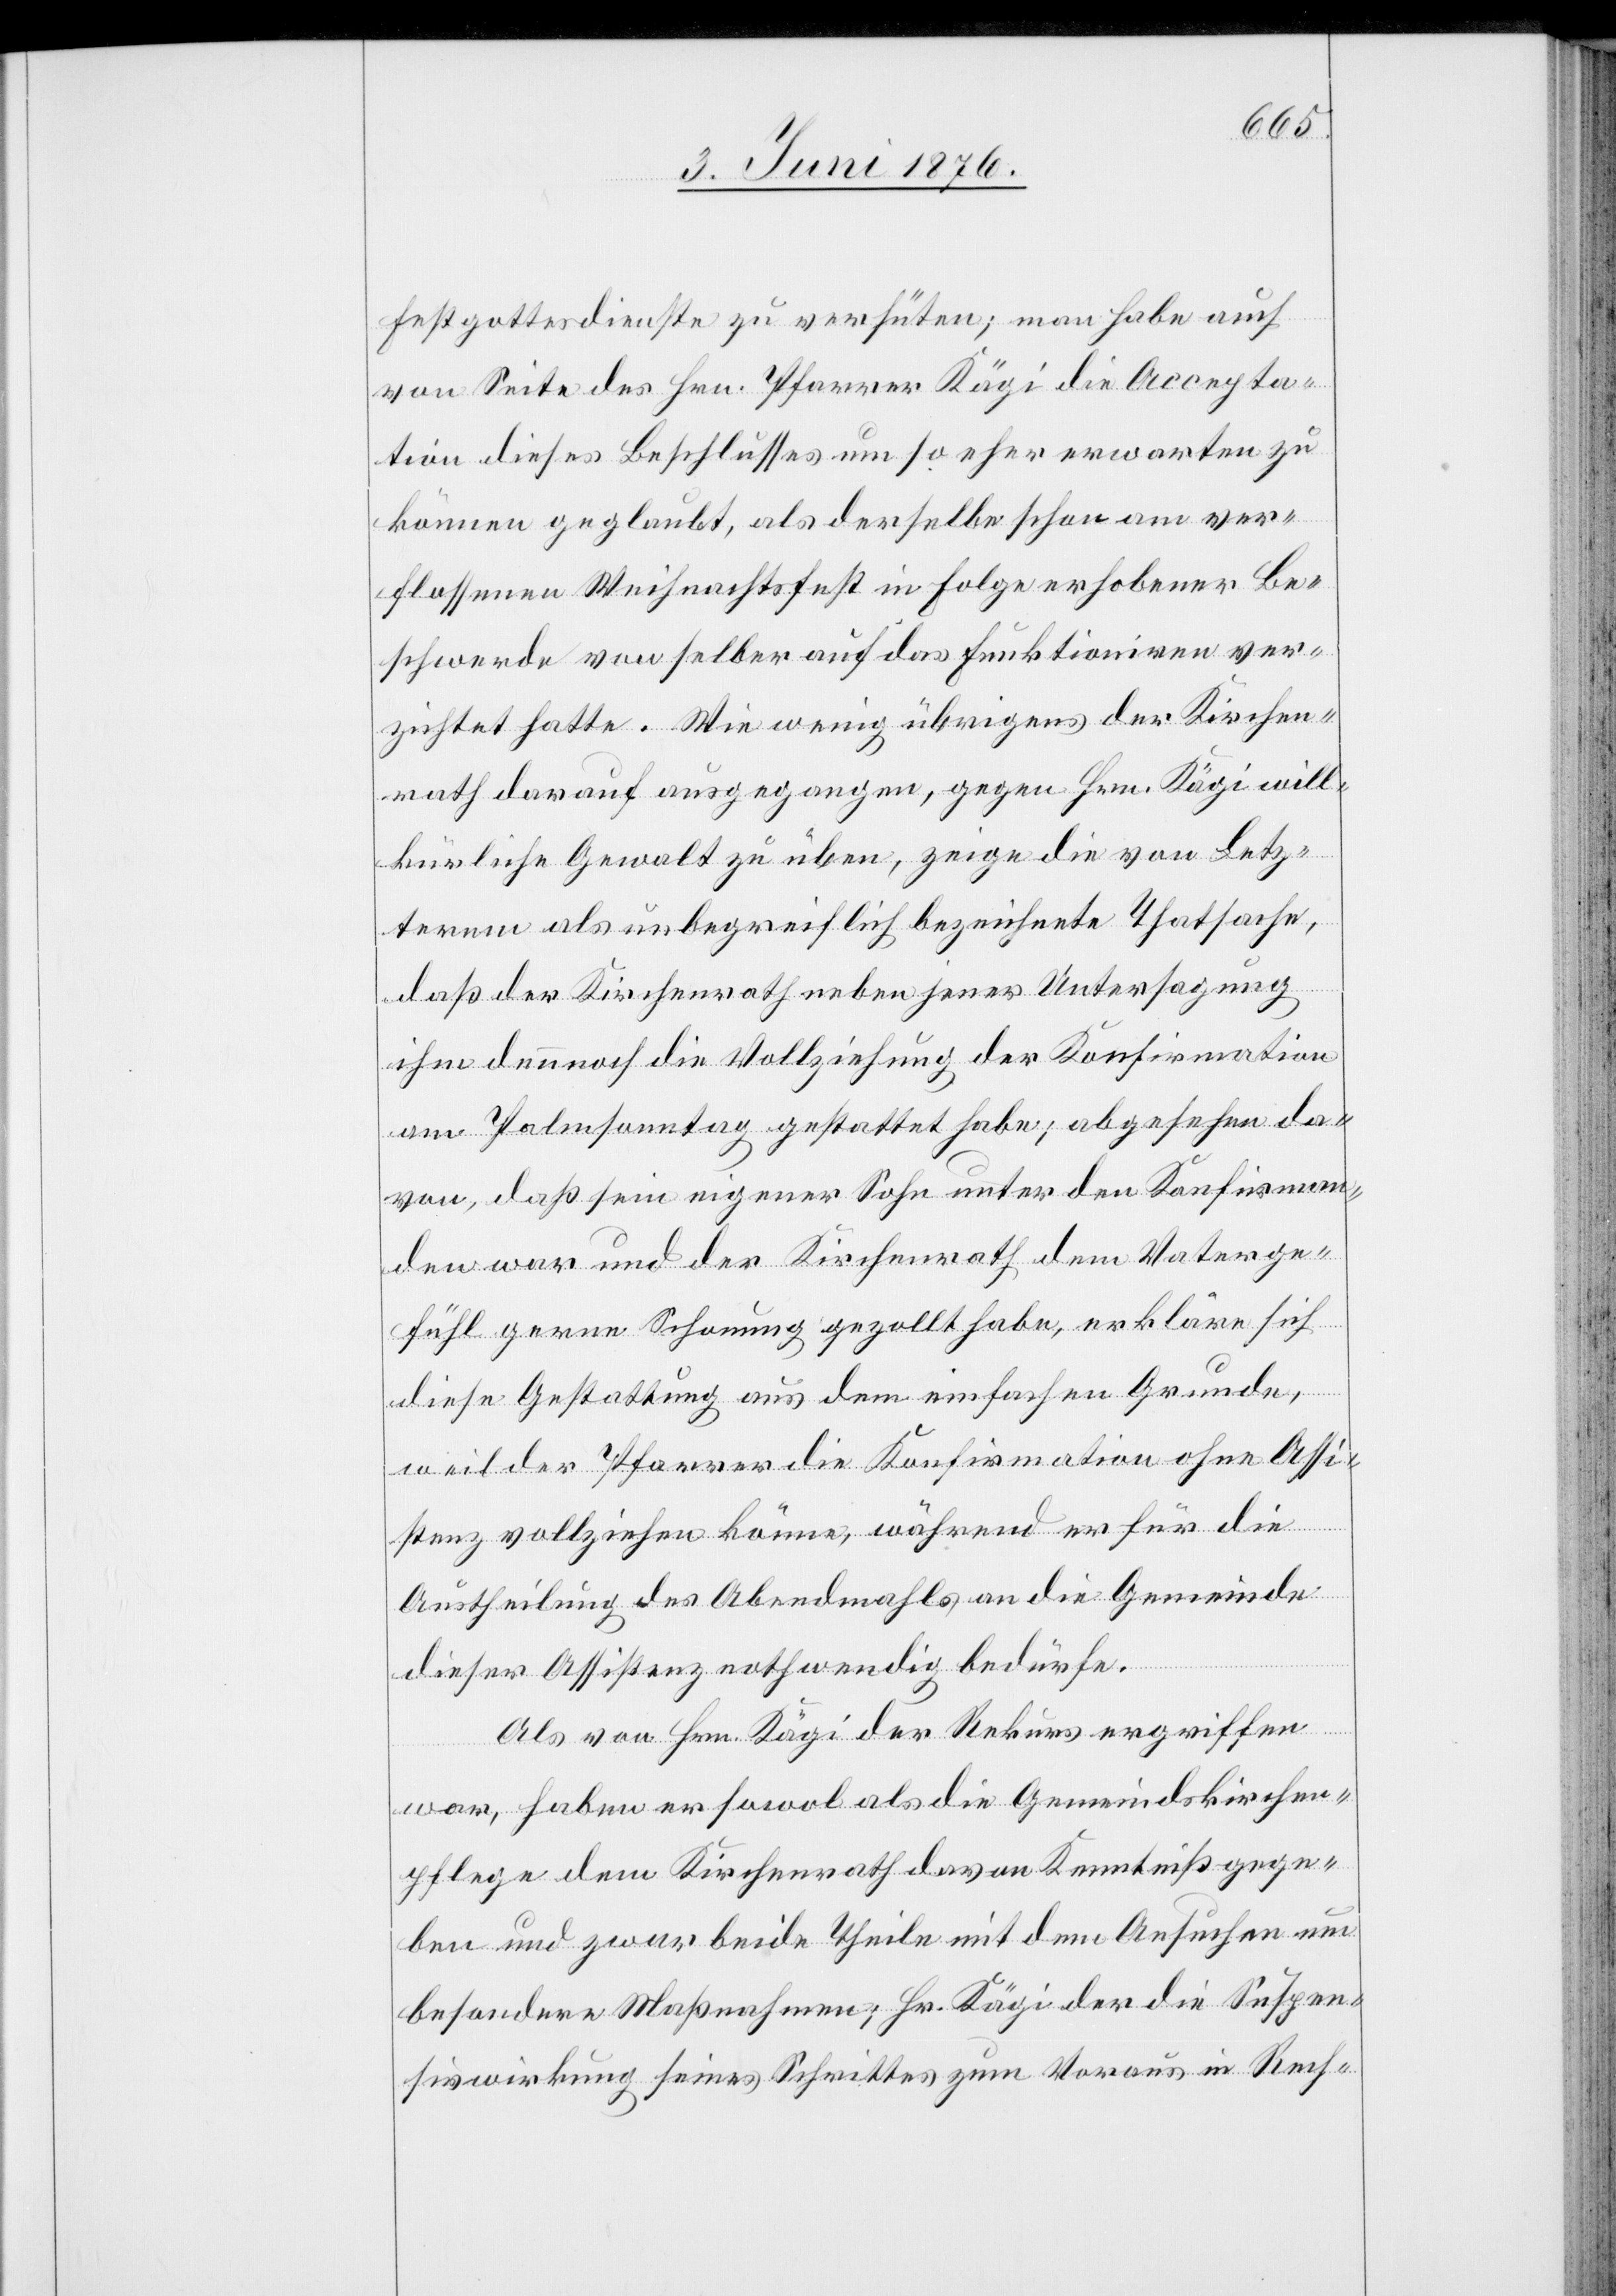
Festgottesdienste zu verhüten; man habe auch
von Seite des Hrn. Pfarrer Kägi die Accepta¬
tion dieses Beschlusses um so eher erwarten
können geglaubt, als derselbe schon am ver¬
flossenen Weihnachtsfest in Folge erhobener Be¬
schwerde von selber auf das Funktioniren ver¬
zichtet hatte. Wie wenig übrigens der Kirchen¬
rath darauf ausgegangen, gegen Hrn. Kägi will¬
kürliche Gewalt zu üben, zeige die von Letz¬
terem als unbegreiflich bezeichnete Thatsache,
daß der Kirchenrath neben jener Untersagung
ihm dennoch die Vollziehung der Konfirmation
am Palmsonntag gestattet habe; abgesehen da¬
von, daß sein eigener Sohn unter den Konfirman¬
den war und der Kirchenrath dem Vaterge¬
fühl gerne Schonung gezollt habe, erkläre sich
diese Gestattung aus dem einfachen Grunde,
weil der Pfarrer die Konfirmation ohne Assi¬
stenz vollziehen könne, während er für die
Austheilung des Abendmahls an die Gemeinde
dieser Assistenz nothwendig bedürfe.
Als von Hrn. Kägi der Rekurs ergriffen
war, haben er sowol als die Gemeindskirchen¬
pflege dem Kirchenrath davon Kenntniß gege¬
ben und zwar beide Theile mit dem Ansuchen um
besondere Maßnahmen; Hr. Kägi der die Suspen¬
sivwirkung seines Schrittes zum Voraus in Rech-